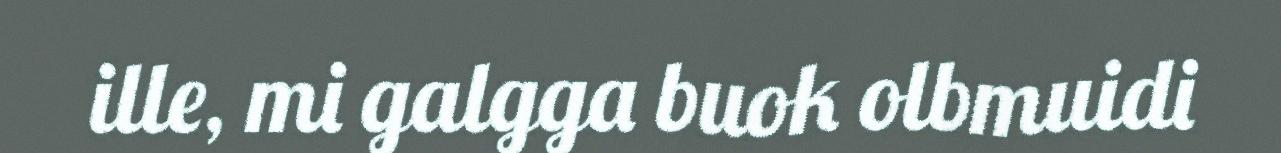
ille, mi galgga buok olbmuidi